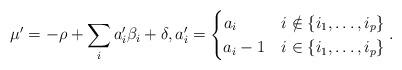
LaTeX: \begin{align*}\mu'=-\rho+\sum_i a'_i\beta_i + \delta,a'_i=\begin{cases}a_i & i\notin \{i_1, \dots, i_p\}\\a_i-1 & i \in \{i_1, \dots, i_p\}\end{cases}.\end{align*}